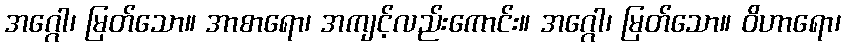
အဂ္ဂေါ၊ မြတ်သော။ အာစာရော၊ အကျင့်လည်းကောင်း။ အဂ္ဂေါ၊ မြတ်သော။ ဝိဟာရော၊